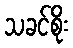
သခင်စိုး